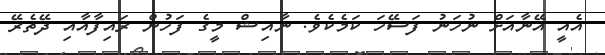
އެއީ އޭނާއަށް ނުހަނު ފަސޭހަ ކަމެކެވެ. ނާއިޝް މީގެ ފަހުން ރައިފާއާއި ދޭތެރޭ